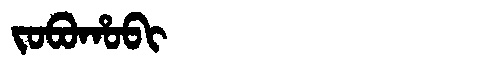
Manchu: ᠵᠣᠪᠣᡥᠣᠪᡳ
Romanization: JOBOHOBI